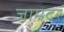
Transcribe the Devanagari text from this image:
जामदर